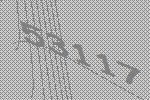
53117